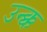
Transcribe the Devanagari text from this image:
उन्क्क